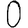
Digit: 0